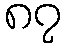
၈၇